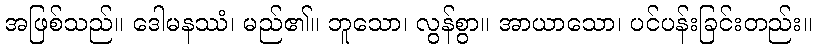
အဖြစ်သည်။ ဒေါမနဿံ၊ မည်၏။ ဘူသော၊ လွန်စွာ။ အာယာသော၊ ပင်ပန်းခြင်းတည်း။